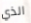
الذي